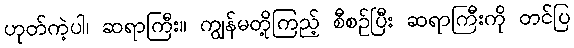
ဟုတ်ကဲ့ပါ၊ ဆရာကြီး။ ကျွန်မတို့ကြည့် စီစဉ်ပြီး ဆရာကြီးကို တင်ပြ